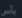
يأس